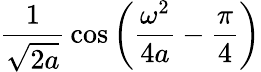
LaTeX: {\frac{1}{\sqrt{2a}}}\cos\left({\frac{\omega^{2}}{4a}}-{\frac{\pi}{4}}\right)